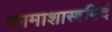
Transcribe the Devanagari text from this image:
कामाशास्त्रमिदं